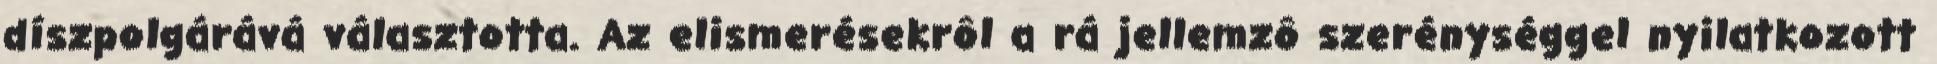
díszpolgárává választotta. Az elismerésekrôl a rá jellemzô szerénységgel nyilatkozott